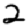
Digit: 2